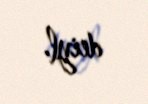
deiyl.